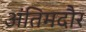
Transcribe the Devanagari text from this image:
अंतिमदौर